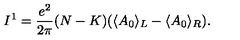
I ^ { 1 } = { \frac { e ^ { 2 } } { 2 \pi } } ( N - K ) ( \langle A _ { 0 } \rangle _ { L } - \langle A _ { 0 } \rangle _ { R } ) .